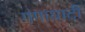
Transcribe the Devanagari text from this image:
गंगाघाटी